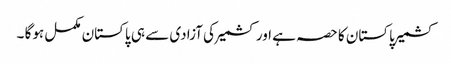
کشمیر پاکستان کا حصہ ہے اور کشمیر کی آزادی سے ہی پاکستان مکمل ہوگا ۔